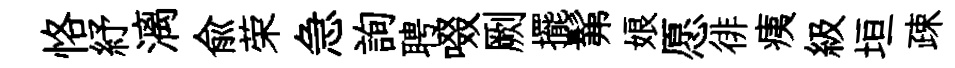
恪紓漓兪荣急詢聘啜劂擺髴娘愿徘痍級垣疎